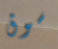
سوق